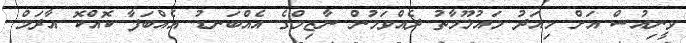
ވީނިއުސް އަށް މިއަދު މައުލޫމާތު ދެއްވަމުން ނާޒިމްގެ އެއްބަނޑު އެއްބަފާ ކޮއްކޮ އާދަމް